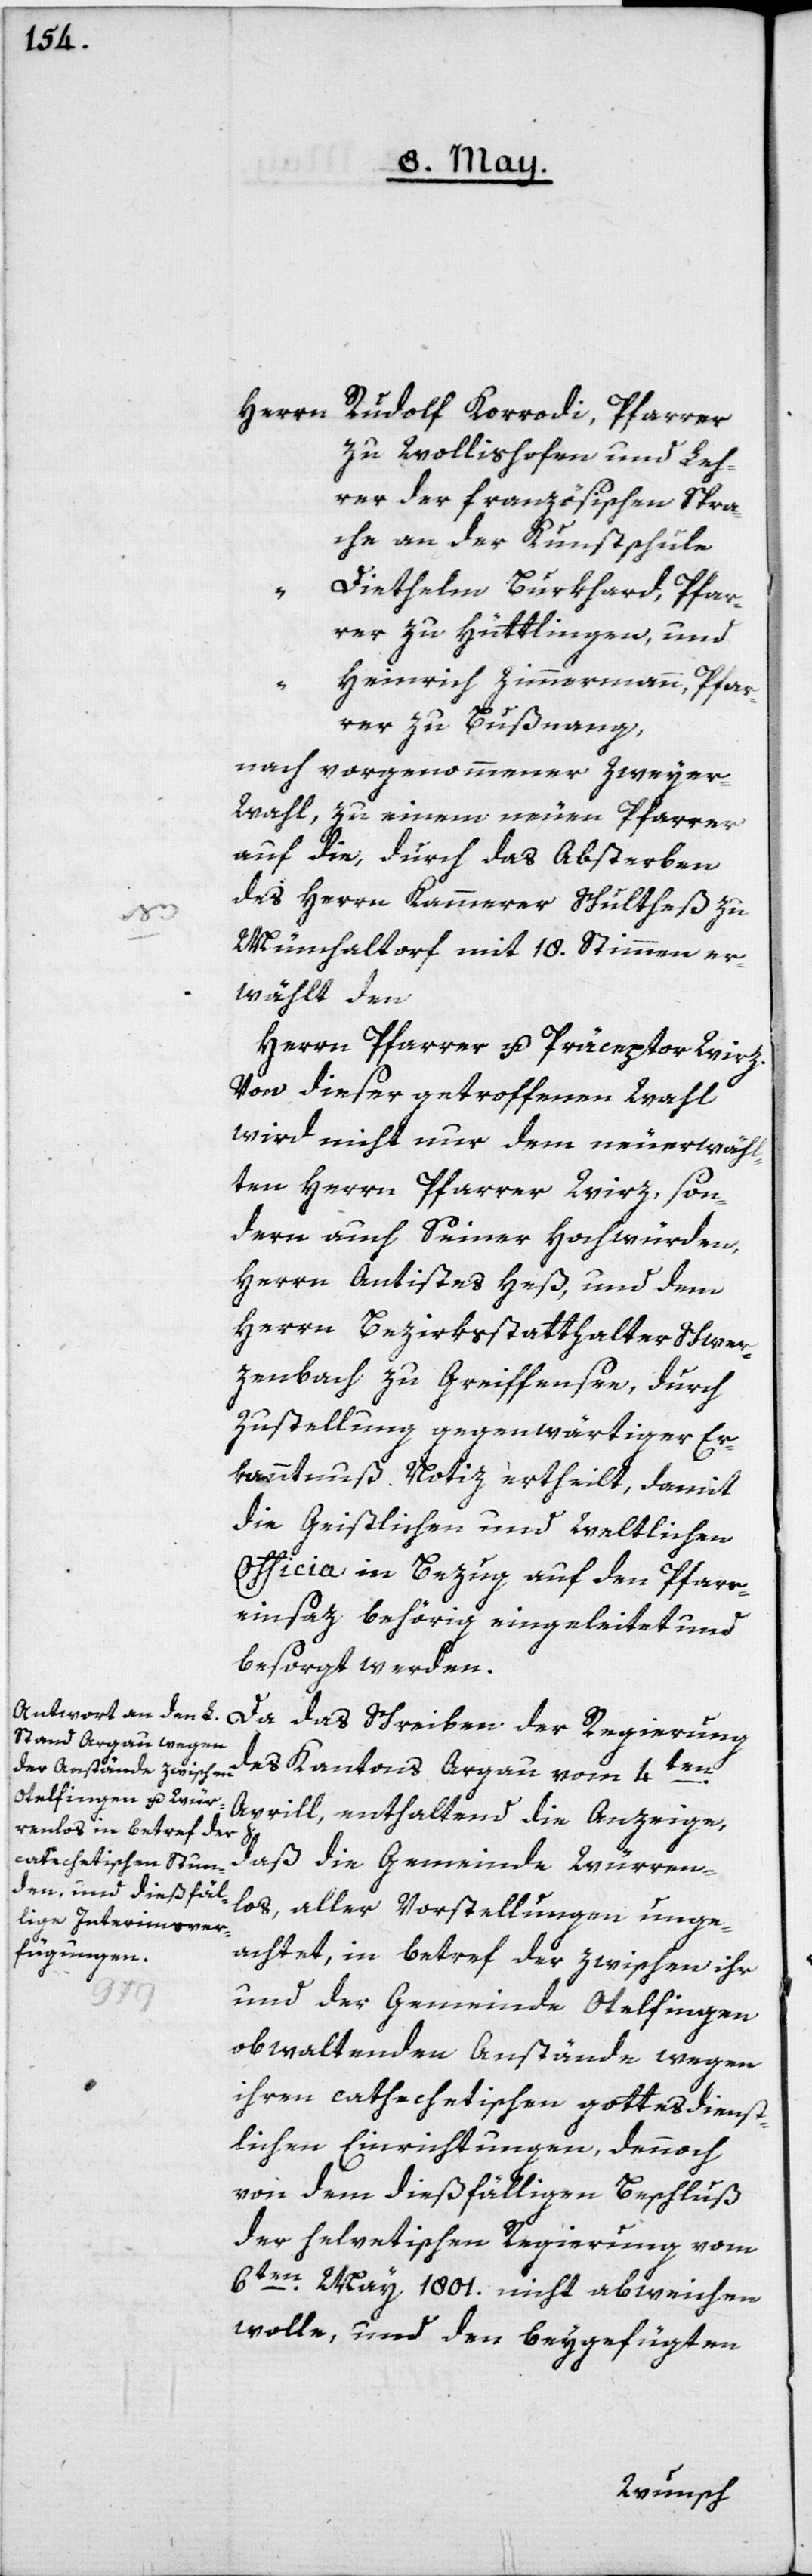
zu Wollishofen und Leh¬
rer der französischen Spra¬
che an der Kunstschule
Diethelm Burkhard, Pfar¬
rer zu Hüttlingen, und
Heinrich Zimmermann, Pfar¬
rer zu Bußnang,
nach vorgenommener Zweyer¬
wahl, zu einem neuen Pfarrer
auf die, durch das Absterben
des Herrn Kammerer Schultheß zu
Mönchaltorf mit 18. Stimmen er¬
wählt den
Herrn Pfarrer u. Präceptor Wirz.
Von dieser getroffenen Wahl
wird nicht nur dem neuerwähl¬
ten Herrn Pfarrer Wirz, son¬
dern auch Seiner Hochwürden,
Herrn Antistes Heß, und dem
Herrn Bezirksstatthalter Schwer¬
zenbach zu Greiffensee, durch
Zustellung gegenwärtiger Er¬
kanntnuß Notiz ertheilt, damit
die Geistlichen und weltlichen
Officia in Bezug auf den Pfarr¬
einsatz behörig eingeleitet und
besorgt werden.
Da das Schreiben der Regierung
en
des Kantons Argau vom 4t¬
Aprill, enthaltend die Anzeige,
daß die Gemeinde Würren¬
los, aller Vorstellungen unge¬
achtet, in betref der zwischen ihr
und der Gemeinde Otelfingen
obwaltenden Anstände wegen
ihren cathechetischen gottesdienst¬
lichen Einrichtungen, dennoch
von dem dießfälligen Beschluß
der helvetischen Regierung vom
6ten May 1801. nicht abweichen
wolle, und den beygefügten